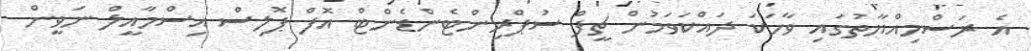
އެ ރަސްމިއްޔާތުގައި ވާހަކަ ދައްކަވަމުން ޗީފް ސުޕްރިންޓެންޑެންޓް އޮފް ޕޮލިސް އިސްމާއީލް ނަވީން